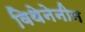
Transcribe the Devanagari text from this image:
विथेनेनीन